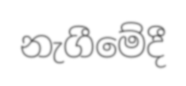
නැගීමේදී